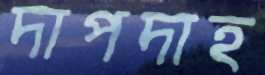
দাপদাহ